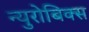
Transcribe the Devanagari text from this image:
न्युरोबिक्स